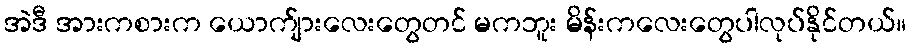
အဲဒီ အားကစားက ယောက်ျားလေးတွေတင် မကဘူး မိန်းကလေးတွေပါလုပ်နိုင်တယ်။